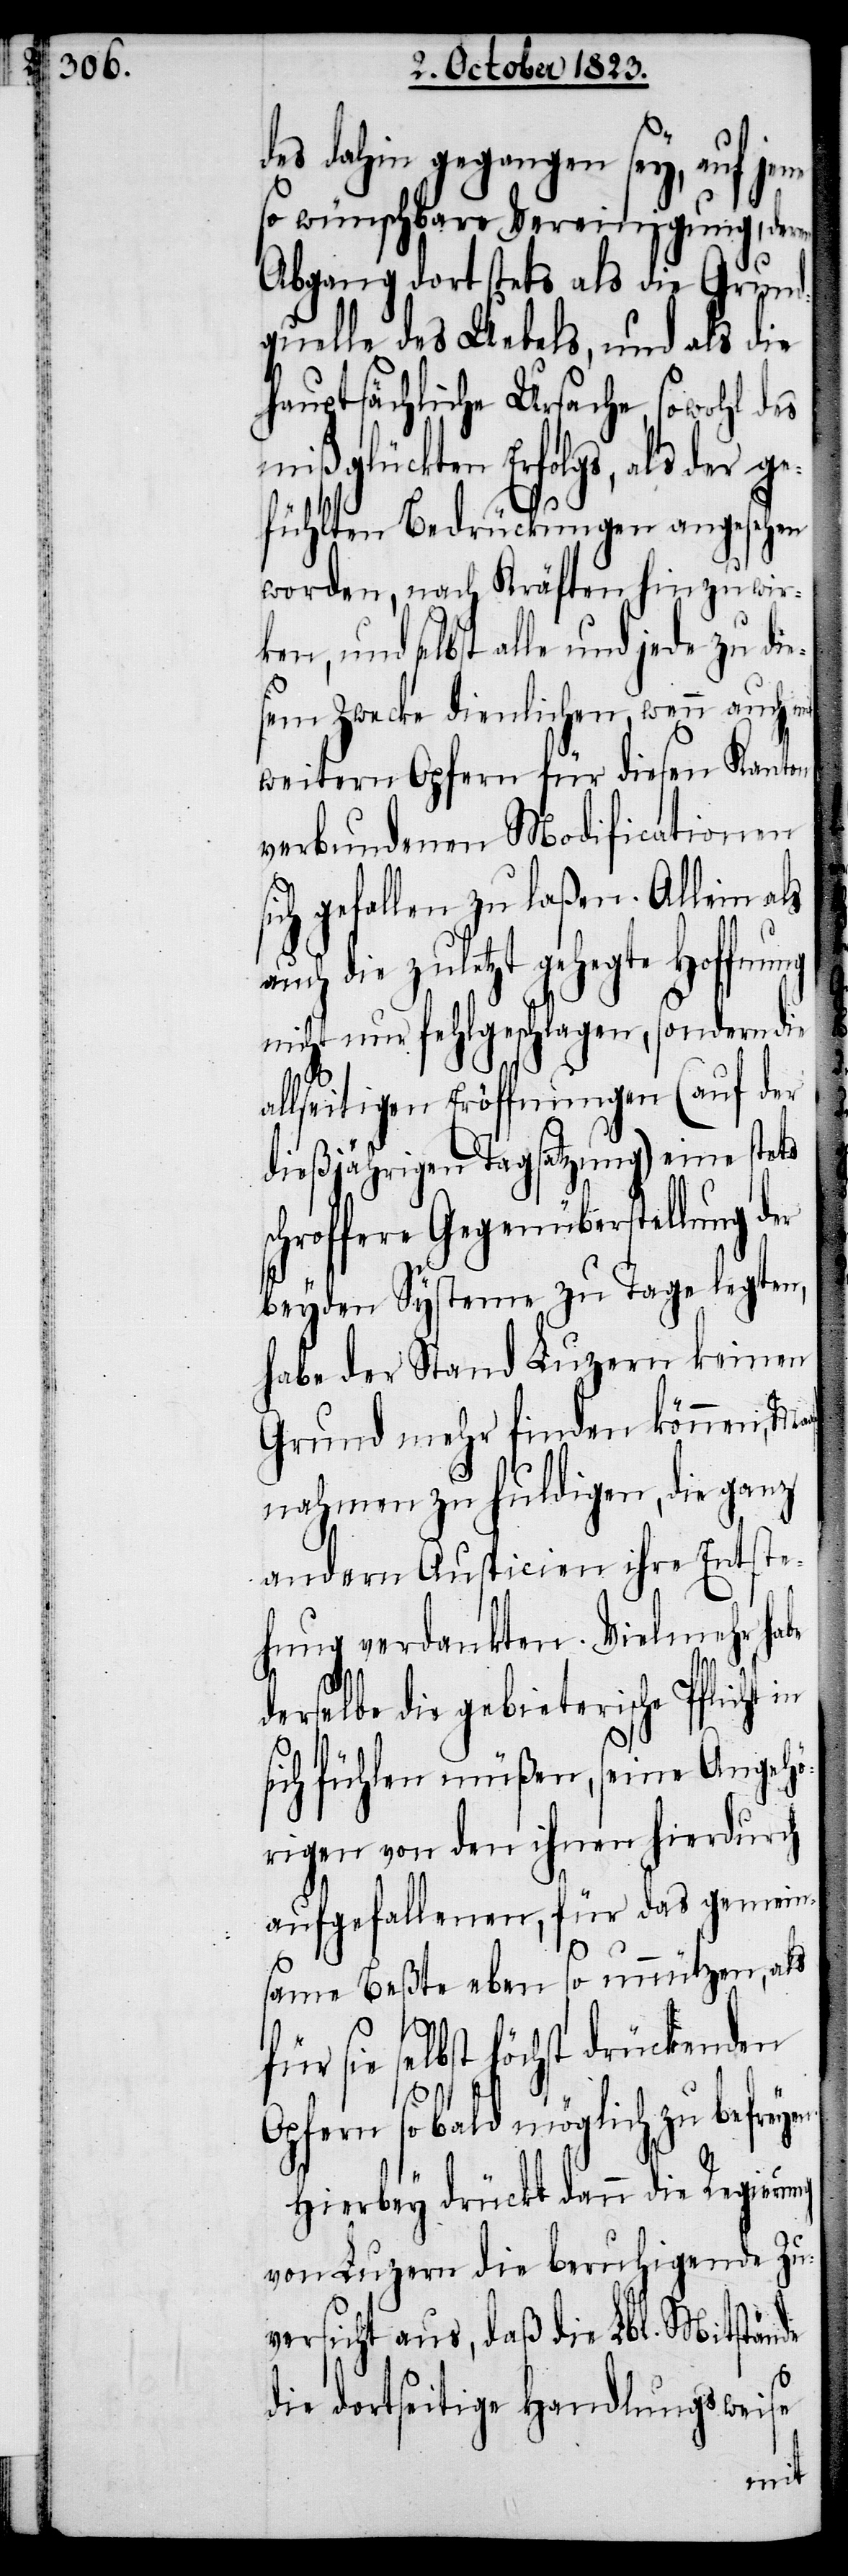
des dahin gegangen sey, auf je¬
so wünschbare Vereinigung, der¬
Abgang dort stets als die Grund¬
quelle des Uebels, und als die
hauptsächliche Ursache, sowohl des
mißglückten Erfolgs, als der ge¬
fühlten Bedrückungen angesehen
worden, nach Kräften hinzuwir¬
und selbst alle und jede zu di¬
esem Zwecke dienlichen, wenn auch
weitern Opfern für diesen Kanton
verbundenen Modificationen
ich gefallen zu laßen. Allein als
auch die zuletzt gehegte Hoffnu¬
werde.
nicht nur fehlgeschlagen,
und die
allseitigen Eröffnungen
ist
dießjährigen Tagsatzung) eine
aß¬
chroffere Gegenüber¬
beyden Systeme zu Tage legten,
habe der Stand Luzern keinen
Grund mehr finden können,
nahmen zu huldigen, die ganz
andern Auspicien ihre Entst¬
ehung verdankten. Vielmehr habe
derselbe einen so hohen
sich fühlen müßen, seine Angehö¬
rigen von den ihnen hierdurch
aufgefallenen, für das gemein¬
same Beßte eben so unnützen, als
für sie selbst höchst drückenden
l¬
Opfern sobald möglich zu befr¬
Hierbey drückt dann die Regierung
von Luzern die beruhigende Zu¬
versicht aus, daß die Lbl. Mitstände
die dortseitige Handlungsweise
mit